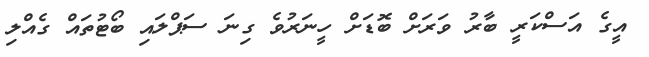
އީގެ އަސްކަރީ ބާރު ވަރަށް ބޮޑަށް ހީނަރުވެ ގިނަ ސަޕްލައި ބޯޓުތައް ގެއްލި